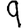
Digit: 9